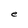
Character: e